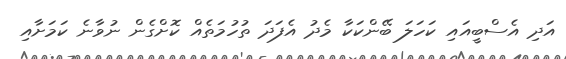
އަދި އެސްބީއައި ކަހަލަ ބޭންކަކާ މެދު އެފަދަ ތުހުމަތެއް ކޮށްގެން ނުވާނެ ކަމަށާއި